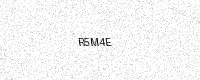
Text: R5M4E